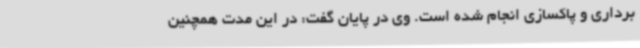
برداری و پاکسازی انجام شده است. وی در پایان گفت: در این مدت همچنین